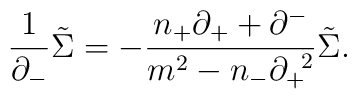
\frac{1}{{\partial}_-}\tilde{\Sigma}=-\frac{n_+{\partial}_++{\partial}^-}{m^2-n_-{\partial}_+^{\;\;2}}\tilde{\Sigma}.